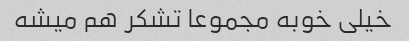
خیلی خوبه مجموعا تشکر هم میشه